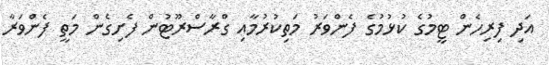
އަދި ފިރިހެން ޓީމުގެ ކުޅުމުގެ ފެންވަރު މަތިކުރުމާއި ގްރާސްރޫޓުން ފެށިގެން މަތީ ފެންވަރާ